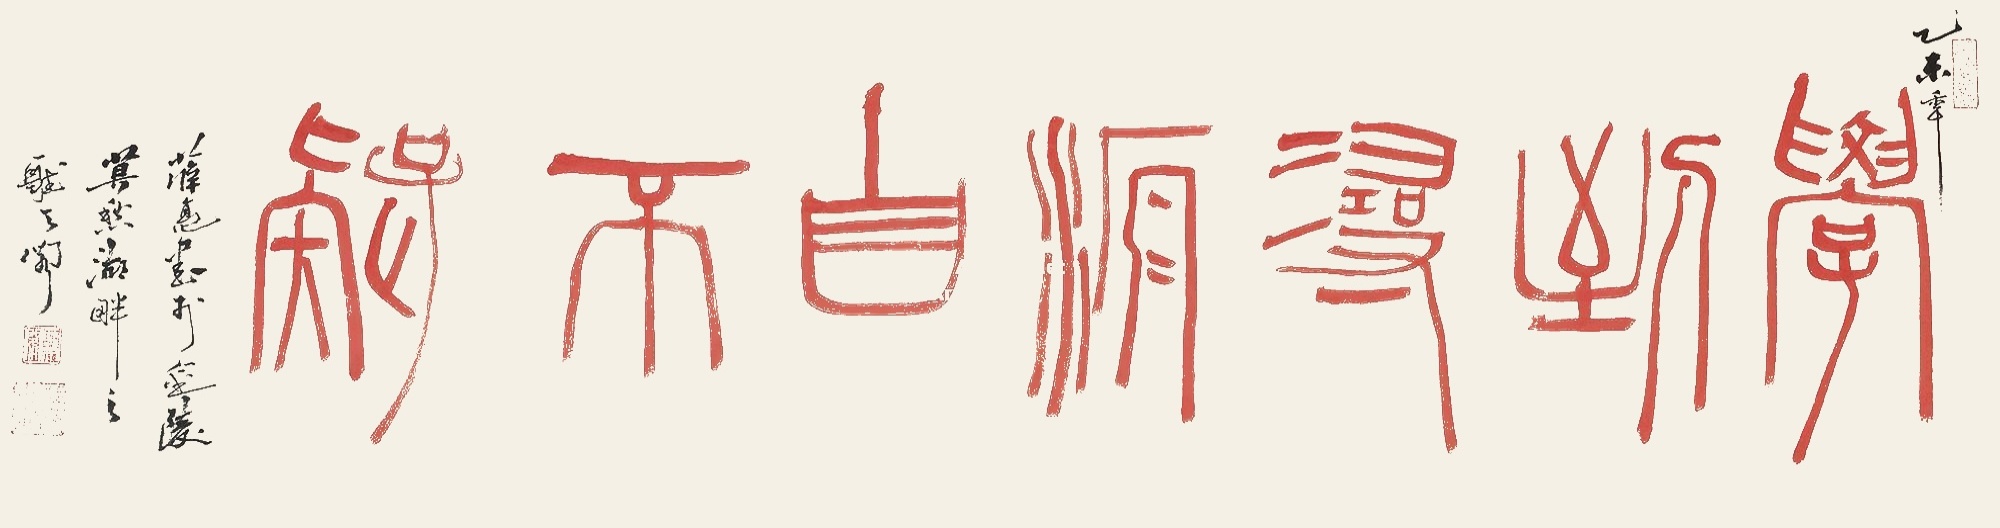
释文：学到寻源自不疑。薛亮书于金陵莫愁湖畔之听天阁。